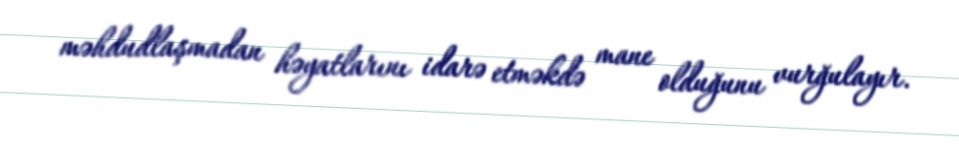
məhdudlaşmadan həyatlarını idarə etməkdə mane olduğunu vurğulayır.